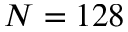
N = 1 2 8